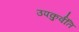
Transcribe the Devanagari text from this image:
उपकुर्वंति